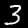
Label: 3